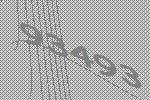
93493